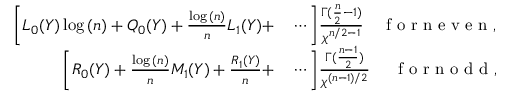
\begin{array} { r l } { \bigg [ L _ { 0 } ( Y ) \log { ( n ) } + Q _ { 0 } ( Y ) + \frac { \log { ( n ) } } { n } L _ { 1 } ( Y ) + } & { { } \cdots \bigg ] \frac { \Gamma ( \frac { n } { 2 } - 1 ) } { \chi ^ { n / 2 - 1 } } \quad \mathrm { ~ f ~ o ~ r ~ n ~ e ~ v ~ e ~ n ~ } , } \\ { \bigg [ R _ { 0 } ( Y ) + \frac { \log { ( n ) } } { n } M _ { 1 } ( Y ) + \frac { R _ { 1 } ( Y ) } { n } + } & { { } \cdots \bigg ] \frac { \Gamma ( \frac { n - 1 } { 2 } ) } { \chi ^ { ( n - 1 ) / 2 } } \quad ~ \mathrm { ~ f ~ o ~ r ~ n ~ o ~ d ~ d ~ } , } \end{array}